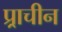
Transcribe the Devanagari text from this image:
प्र्राचीन